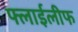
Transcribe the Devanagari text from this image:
फ्लाईलीफ